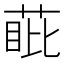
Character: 𮏰